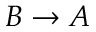
B \rightarrow A